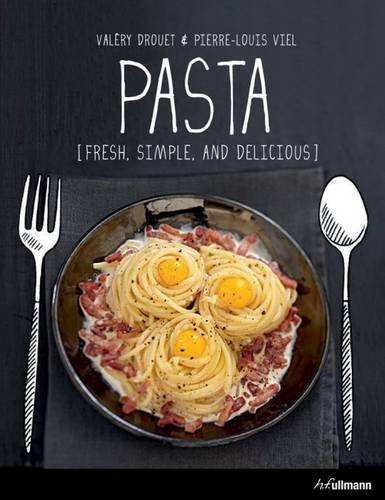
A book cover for Pasta: Fresh, Simple and Delicious; ValÃ©ry Drouet; Cookbooks, Food & Wine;